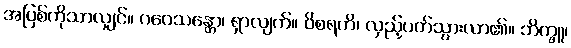
အပြစ်ကိုသာလျှင်။ ဂဝေသန္တော၊ ရှာလျက်။ ဝိစရတိ၊ လှည့်ပတ်သွားလာ၏။ ဘိက္ခူ၊